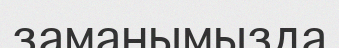
заманымызда